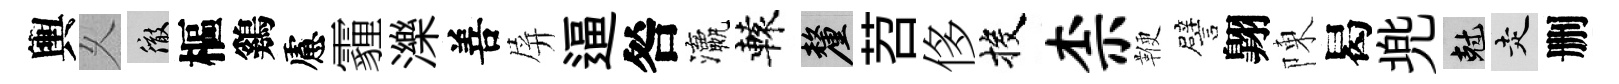
輿乆徹樞鷄慮霾濼善屏逼咎瀛轅厘苕侈投柰鞭譬翺陳曷兠剋走删